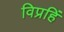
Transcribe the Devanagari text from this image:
विप्रहिं